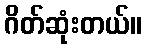
ဂိတ်ဆုံးတယ်။